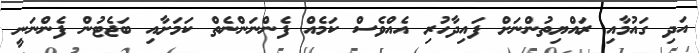
އަދި ގައުމާއި ރައްޔިތުންނަށް ފައިދާހުރި އެއްވެސް ކަމެއް ފެންނަންނެތް ކަމަށާއި ބަޖެޓުން ފެންނަނީ